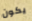
يكون